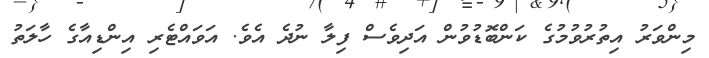
މިންވަރު އިތުރުވުމުގެ ކަންބޮޑުވުން އަދިވެސް ފިލާ ނުދެ އެވެ. އަވައްޓެރި އިންޑިއާގެ ހާލަތު